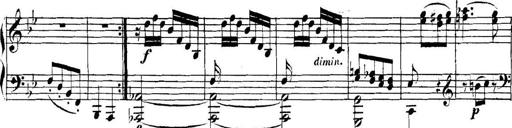
Title: Collected Piano Sonatas
Composer: Muzio Clementi